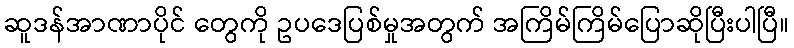
ဆူဒန်အာဏာပိုင် တွေကို ဥပဒေပြစ်မှုအတွက် အကြိမ်ကြိမ်ပြောဆိုပြီးပါပြီ။